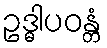
ဥဒ္ဓါပဝန္တံ